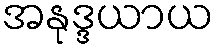
အနုဒ္ဒယာယ